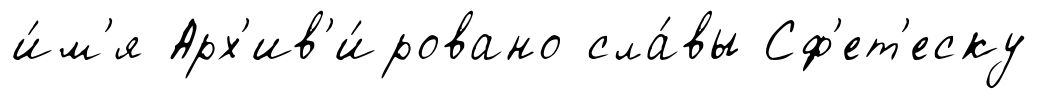
и́м'я Арх'ив'и́ровано сла́вы Сф'ет'еску